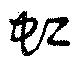
虹